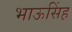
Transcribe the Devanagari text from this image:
भाऊसिंह